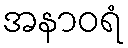
အနာဝရံ